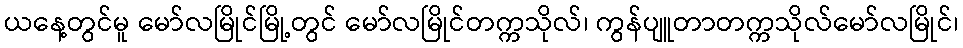
ယနေ့တွင်မူ မော်လမြိုင်မြို့တွင် မော်လမြိုင်တက္ကသိုလ်၊ ကွန်ပျူတာတက္ကသိုလ်မော်လမြိုင်၊